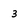
Character: 3